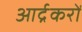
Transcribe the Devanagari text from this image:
आर्द्रकरों